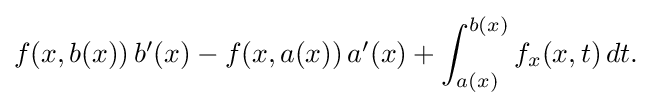
{\textstyle f(x,b(x))\,b^{\prime }(x)-f(x,a(x))\,a^{\prime }(x)+\displaystyle \int _{a(x)}^{b(x)}f_{x}(x,t)\,dt.}